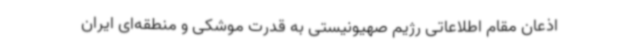
اذعان مقام اطلاعاتی رژیم صهیونیستی به قدرت موشکی و منطقه‌ای ایران